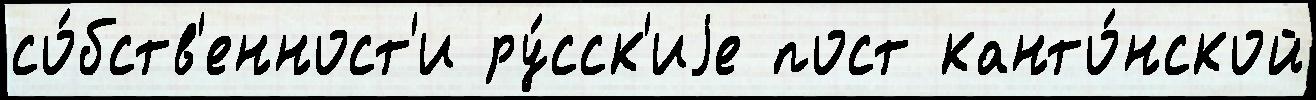
со́бств'енност'и ру́сск'иjе пост канто́нской